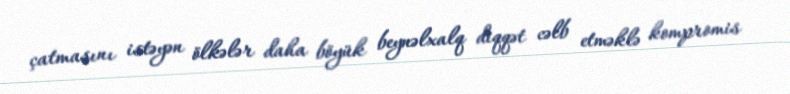
çatmasını istəyən ölkələr daha böyük beynəlxalq diqqət cəlb etməklə kompromis